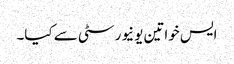
ایس خواتین یونیورسٹی سے کیا۔